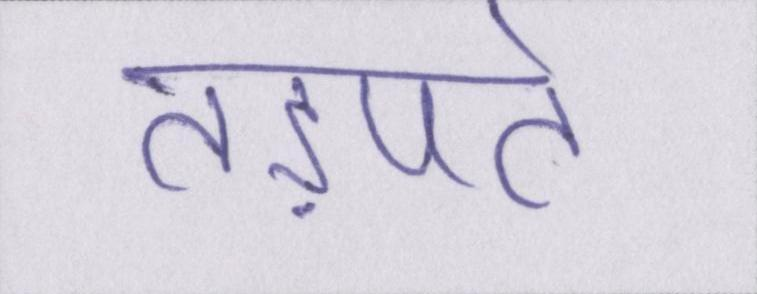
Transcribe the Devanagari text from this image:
तड़पते